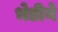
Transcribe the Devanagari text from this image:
भेडीये